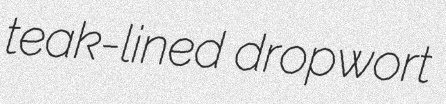
teak-lined dropwort